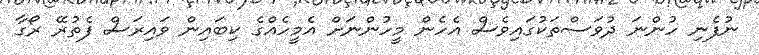
ނުފެނި ހުންނަ ދުވަސްތަކުގައިވެސް އެހެން މީހުންނަށް އެމީހެއްގެ ކިބައިން ވައިރަސް ފެތުރޭ ރޯގާ